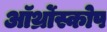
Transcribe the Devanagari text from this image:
ऑर्थ्रोस्कोप